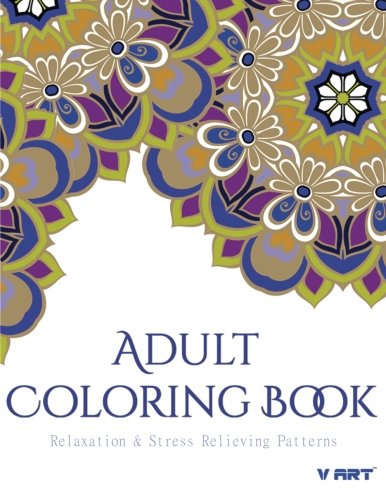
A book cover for Adult Coloring Book: Adults Coloring Books, Coloring Books for Adults : Relaxation & Stress Relieving Patterns (Volume 7); Adults Coloring Books; Arts & Photography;